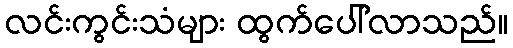
လင်းကွင်းသံများ ထွက်ပေါ်လာသည်။